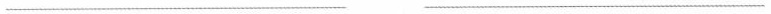
___ ___